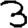
Digit: 3